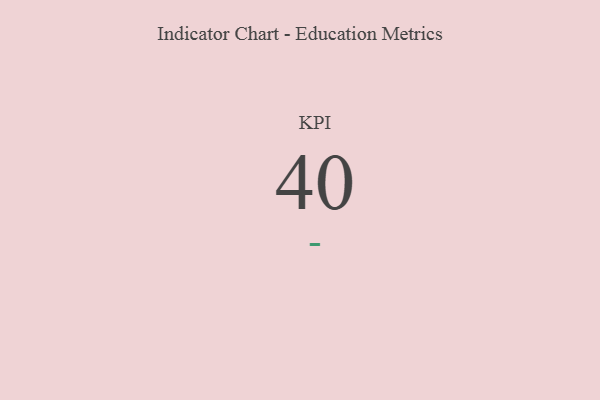
{"axis": {"x": "KPI", "y": "Value"}, "legend": [""], "data": [{"x": "KPI", "y": 40, "type": ""}]}